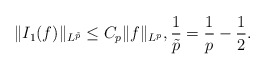
\begin{align*}\| I_1 (f) \|_ { L^ {\tilde p } } \leq C_p \|f\| _ { L^ p } , \frac 1 { \tilde p } = \frac 1 p - \frac 1 2 .\end{align*}